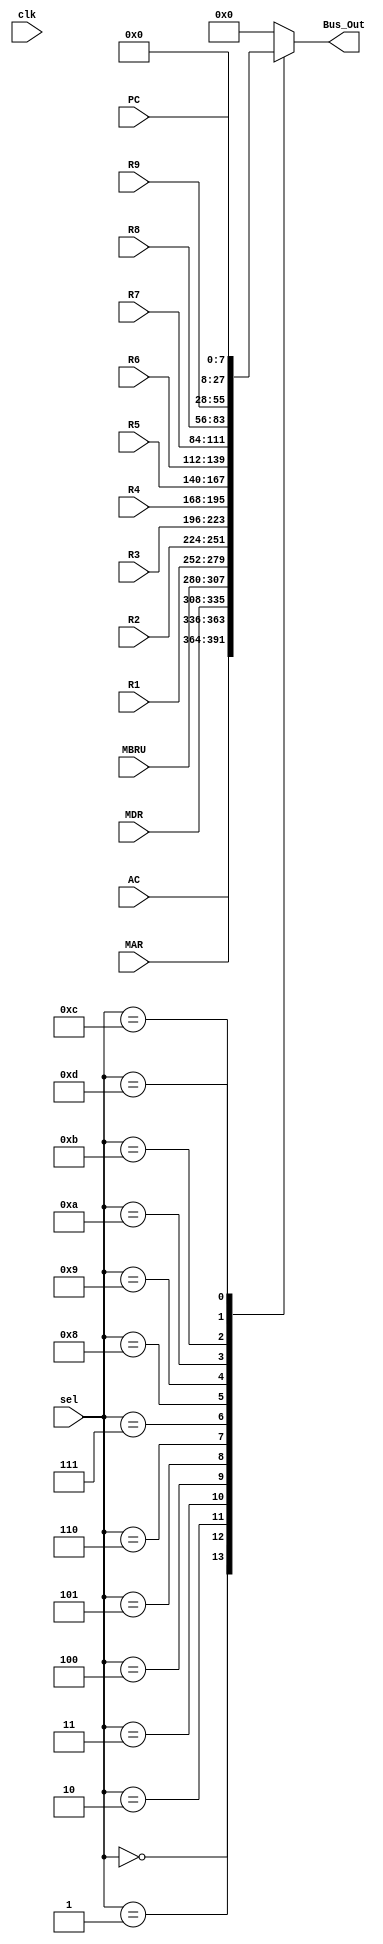
`timescale 1ns / 1ps
//////////////////////////////////////////////////////////////////////////////////
// Company: 
// Engineer: 
// 
// Design Name: 
// Module Name: B_Bus_Mux
// Project Name: 
// Target Devices: 
// Tool Versions: 
// Description: 
// 
// Dependencies: 
// 
// Revision:
// Revision 0.01 - File Created
// Additional Comments:
// 
//////////////////////////////////////////////////////////////////////////////////


module B_Bus_Mux(
    input clk,
    input [3:0] sel,
    input [27:0] AC,
    input [27:0] MAR,
    input [27:0] MDR,
    input [7:0] PC,
    input [27:0] MBRU,
    input [27:0] R1,
    input [27:0] R2,
    input [27:0] R3,
    input [27:0] R4,
    input [27:0] R5,
    input [27:0] R6,
    input [27:0] R7,
    input [27:0] R8,
    input [27:0] R9,
    output reg [27:0] Bus_Out
    );
    
    always @(sel or MAR or MDR or PC or MBRU or R1 or R2 or R3 or R4 or R5 or R6 or R7 or R8 or R9)
    
        begin
            case(sel)
            4'b0000 : Bus_Out <= AC;
            4'b0001 : Bus_Out <= MAR;
            4'b0010 : Bus_Out <= MDR;
            4'b0011 : Bus_Out <= MBRU;
            4'b0100 : Bus_Out <= R1;
            4'b0101 : Bus_Out <= R2;
            4'b0110 : Bus_Out <= R3;
            4'b0111 : Bus_Out <= R4;
            4'b1000 : Bus_Out <= R5;
            4'b1001 : Bus_Out <= R6;
            4'b1010 : Bus_Out <= R7;
            4'b1011 : Bus_Out <= R8;
            4'b1100 : Bus_Out <= R9;
            4'b1101 : Bus_Out <= {20'b0,PC};
            default : Bus_Out <= 18'b0;
            
            endcase
          end
          
endmodule